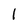
Character: 1